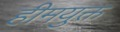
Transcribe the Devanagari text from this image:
हीमयुक्त